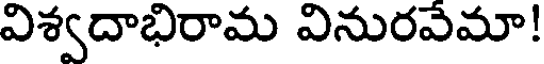
విశ్వదాభిరామ వినురవేమా!